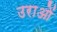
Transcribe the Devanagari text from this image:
उराओं